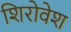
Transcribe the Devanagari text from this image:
शिरोवेश